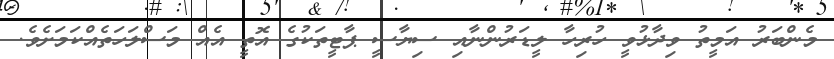
މެންބަރު އަމީތު ވިދާޅުވީ ހުރިހާ ލީޑަރުންނާއި ސިޔާސީ ޕާޓީތަކުގެ އޮތީ އެއް މަސްލަހަތެއްކަމަށެވެ.